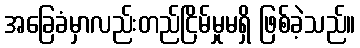
အခြေခံမှာလည်းတည်ငြိမ်မှုမရှိ ဖြစ်ခဲ့သည်။